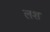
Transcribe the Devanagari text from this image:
लश